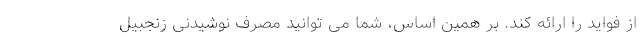
از فواید را ارائه کند. بر همین اساس، شما می توانید مصرف نوشیدنی زنجبیل